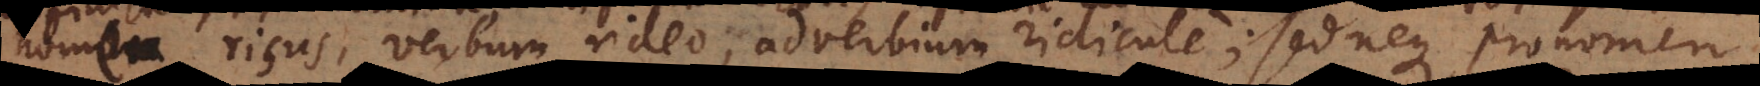
nomen risus, verbum rideo, adverbium ridicule; sed neque pronomen